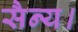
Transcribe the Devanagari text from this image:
सैन्य।